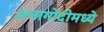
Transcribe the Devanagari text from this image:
अनागोंदीमध्ये